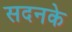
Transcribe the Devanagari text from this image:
सदनके